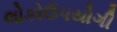
લોકોઉપયોગી